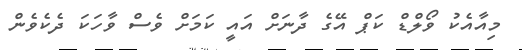
މިއާއެކު ވޯލްޑް ކަޕް އޭގެ ދާނަށް އައީ ކަމަށް ވެސް ވާހަކަ ދެކެވެން